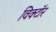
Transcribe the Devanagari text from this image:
विक्टॉर